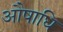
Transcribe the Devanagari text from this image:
औषाधि